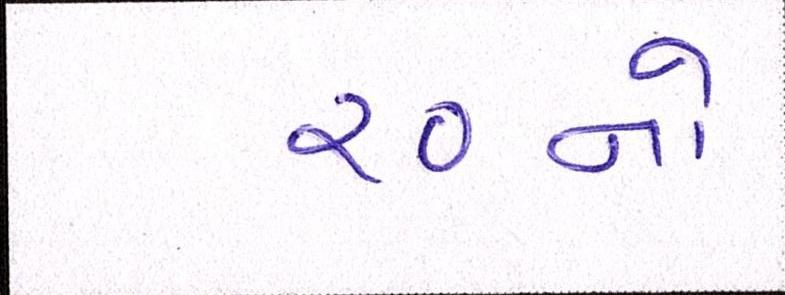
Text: ૨૦નો